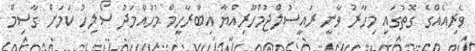
ވެރިއެއްގެ ގޮތުގައި މިހާރު ވާނީ ރައީސުލްޖުމްހޫރިއްޔާ އިބްރާހީމް މުހައްމަދު ސޯލިހު ކަމަށް ގާސިމް